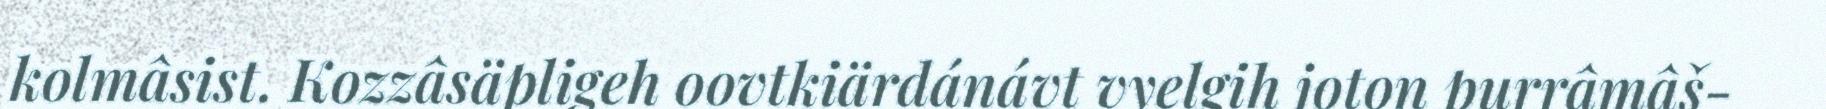
kolmâsist. Kozzâsäpligeh oovtkiärdánávt vyelgih joton purrâmâš-